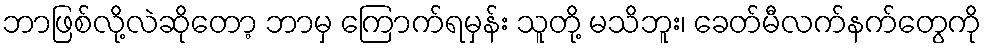
ဘာဖြစ်လို့လဲဆိုတော့ ဘာမှ ကြောက်ရမှန်း သူတို့ မသိဘူး၊ ခေတ်မီလက်နက်တွေကို